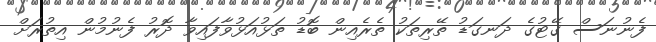
ފެނުނަސް ގޭޓުގެ ދަނގަޑު ތޭރިތަކު ތެރެއިން ބޮޑު ތަޅުއަޅުވާފައިވާ ދޮރު ފެނުމުން އިތުރަށް